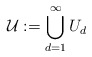
\begin{align*}\mathcal{U}:=\bigcup_{d=1}^{\infty} U_d\end{align*}